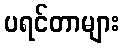
ပရင်တာများ